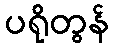
ပရိုတွန်